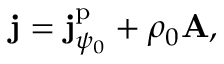
\mathbf { j } = \mathbf { j } _ { \psi _ { 0 } } ^ { \mathrm { p } } + \rho _ { 0 } \mathbf { A } ,